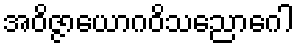
အဝိဇ္ဇာယောဂဝိသညောဂေါ